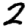
Digit: 2